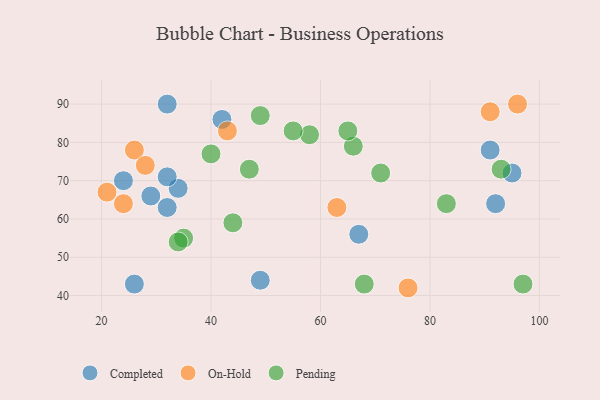
{"axis": {"x": "GDP", "y": "Life Expectancy"}, "legend": ["Completed", "On-Hold", "Pending"], "data": [{"x": "91", "y": 78, "type": "Completed"}, {"x": "95", "y": 72, "type": "Completed"}, {"x": "32", "y": 63, "type": "Completed"}, {"x": "49", "y": 44, "type": "Completed"}, {"x": "24", "y": 70, "type": "Completed"}, {"x": "26", "y": 43, "type": "Completed"}, {"x": "67", "y": 56, "type": "Completed"}, {"x": "34", "y": 68, "type": "Completed"}, {"x": "92", "y": 64, "type": "Completed"}, {"x": "32", "y": 71, "type": "Completed"}, {"x": "29", "y": 66, "type": "Completed"}, {"x": "42", "y": 86, "type": "Completed"}, {"x": "32", "y": 90, "type": "Completed"}, {"x": "91", "y": 88, "type": "On-Hold"}, {"x": "63", "y": 63, "type": "On-Hold"}, {"x": "76", "y": 42, "type": "On-Hold"}, {"x": "26", "y": 78, "type": "On-Hold"}, {"x": "96", "y": 90, "type": "On-Hold"}, {"x": "24", "y": 64, "type": "On-Hold"}, {"x": "28", "y": 74, "type": "On-Hold"}, {"x": "21", "y": 67, "type": "On-Hold"}, {"x": "43", "y": 83, "type": "On-Hold"}, {"x": "66", "y": 79, "type": "Pending"}, {"x": "71", "y": 72, "type": "Pending"}, {"x": "35", "y": 55, "type": "Pending"}, {"x": "68", "y": 43, "type": "Pending"}, {"x": "49", "y": 87, "type": "Pending"}, {"x": "93", "y": 73, "type": "Pending"}, {"x": "47", "y": 73, "type": "Pending"}, {"x": "65", "y": 83, "type": "Pending"}, {"x": "40", "y": 77, "type": "Pending"}, {"x": "58", "y": 82, "type": "Pending"}, {"x": "55", "y": 83, "type": "Pending"}, {"x": "97", "y": 43, "type": "Pending"}, {"x": "34", "y": 54, "type": "Pending"}, {"x": "83", "y": 64, "type": "Pending"}, {"x": "44", "y": 59, "type": "Pending"}]}